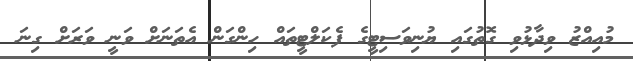
މުއިއްޒު ވިދާޅުވި ގޮތުގައި ޔުނިވަސިޓީގެ ފެކަލްޓީތައް ހިންގަން އެތަނަށް ވަނީ ވަރަށް ގިނަ